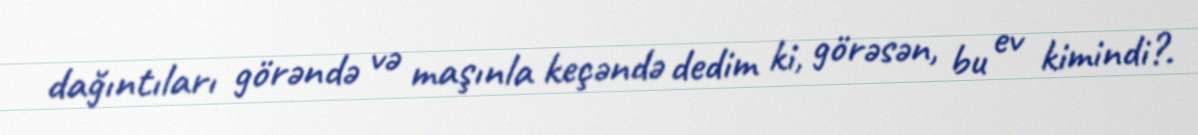
dağıntıları görəndə və maşınla keçəndə dedim ki, görəsən, bu ev kimindi?.